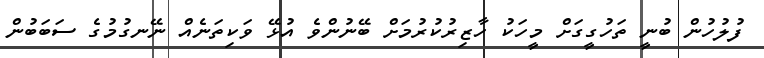
ފުލުހުން ބުނީ ތަހުގީގަށް މީހަކު ހާޒިރުކުރުމަށް ބޭނުންވެ އުޅޭ ވަކިތަނެއް ނޭނގުމުގެ ސަބަބުން